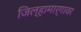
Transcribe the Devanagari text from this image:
जिल्हामार्गावर